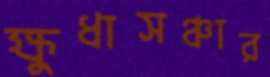
ক্ষুধাসঞ্চার